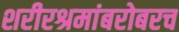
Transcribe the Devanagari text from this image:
शरीरश्रमांबरोबरच